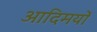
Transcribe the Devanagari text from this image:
आदिमयों